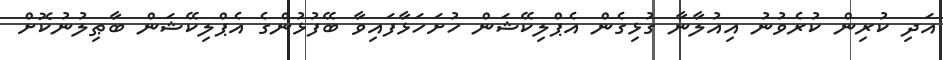
އަދި ކުރިން ކުރެވުނު އިއުލާނާ ގުޅިގެން އެޕްލިކޭޝަން ހުށަހަޅާފައިވާ ބޭފުޅުންގެ އެޕްލިކޭޝަން ބާޠިލުނުކޮށް